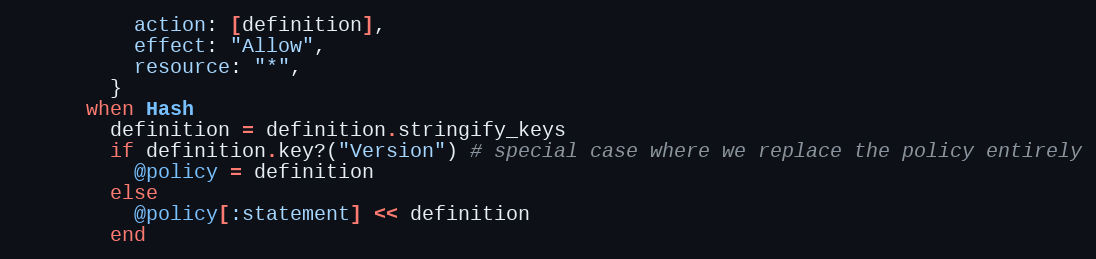
Language: Ruby
          action: [definition],
          effect: "Allow",
          resource: "*",
        }
      when Hash
        definition = definition.stringify_keys
        if definition.key?("Version") # special case where we replace the policy entirely
          @policy = definition
        else
          @policy[:statement] << definition
        end